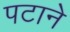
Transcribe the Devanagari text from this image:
पटाने